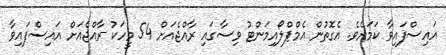
އައިސްފައިވާ ކަމަށެވެ. އެގޮތުން އެމްޕްލޯއިމަންޓު ވިސާގައި ރާއްޖެއަށް 54 މީހަކު ރާއްޖެއަށް އައިސްފައިވާ